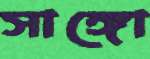
সাঙ্গো